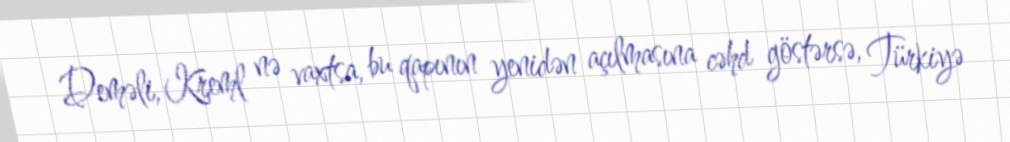
Deməli, Kreml nə vaxtsa, bu qapının yenidən açılmasına cəhd göstərsə, Türkiyə